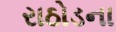
રાઠોડના